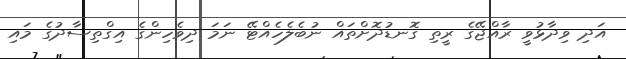
އަދި ވިދާޅުވީ ރާއްޖޭގެ ރީތި ގޮނޑުދޮށްތައް ނުބެލެހެއްޓޭ ނަމަ ދިވެހިންގެ އިގްތިސާދުގެ މައި